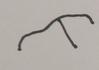
Signature authenticity: forged